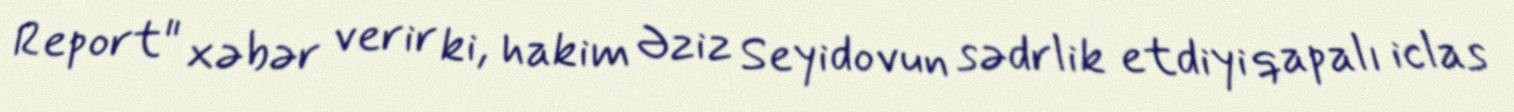
Report" xəbər verir ki, hakim Əziz Seyidovun sədrlik etdiyi qapalı iclas